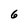
Character: 6